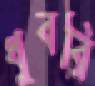
ধুবরি